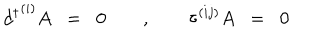
LaTeX: { d ^ { \dagger } } ^ { ( i ) } A \; \; = \; \; 0 \quad \quad , \quad \quad \tau ^ { ( i j ) } A \; \; = \; \; 0